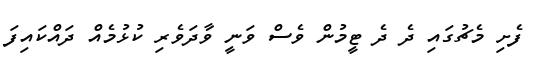
ފެށި މެޗުގައި ދެ ދެ ޓީމުން ވެސް ވަނީ ވާދަވެރި ކުޅުމެއް ދައްކައިފަ